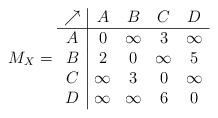
LaTeX: \begin{align*}M_X=\begin{array}{c|cccc} \nearrow&A&B&C&D\\\hline A&0&\infty&3&\infty\\ B&2&0&\infty&5\\ C&\infty&3&0&\infty\\ D&\infty&\infty&6&0\end{array}\end{align*}